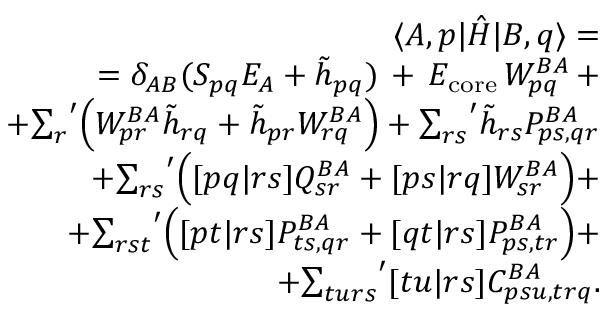
\begin{array} { r l r } & { } & { \langle A , p | \hat { H } | B , q \rangle = } \\ & { } & { = \delta _ { A B } ( S _ { p q } E _ { A } + \tilde { h } _ { p q } ) \, + \, E _ { \mathrm { c o r e } } \, W _ { p q } ^ { B A } \, + } \\ & { } & { + { \sum _ { r } } ^ { \prime } \Big ( W _ { p r } ^ { B A } \tilde { h } _ { r q } + \tilde { h } _ { p r } W _ { r q } ^ { B A } \Big ) + { \sum _ { r s } } ^ { \prime } \tilde { h } _ { r s } P _ { p s , q r } ^ { B A } } \\ & { } & { + { \sum _ { r s } } ^ { \prime } \Big ( [ p q | r s ] Q _ { s r } ^ { B A } + [ p s | r q ] W _ { s r } ^ { B A } \Big ) + } \\ & { } & { + { \sum _ { r s t } } ^ { \prime } \Big ( [ p t | r s ] P _ { t s , q r } ^ { B A } + [ q t | r s ] P _ { p s , t r } ^ { B A } \Big ) + } \\ & { } & { + { \sum _ { t u r s } } ^ { \prime } [ t u | r s ] C _ { p s u , t r q } ^ { B A } . } \end{array}